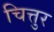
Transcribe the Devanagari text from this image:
चित्तुर